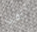
تلقي